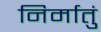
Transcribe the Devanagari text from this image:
निर्मातुं